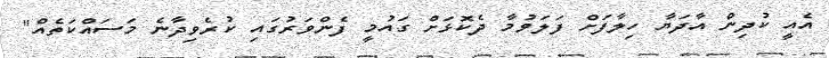
އެއީ ކުދިން އާދަޔާ ހިލާފަށް ފަލަވުމާ ދެކޮޅަށް ގައުމީ ފެންވަރުގައި ކުރެވިދާނެ މަސައްކަތެއް"